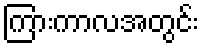
ကြားကာလအတွင်း